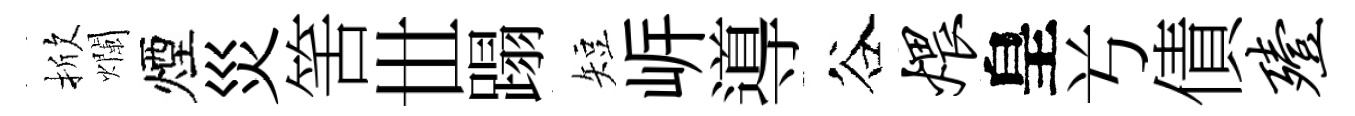
掀爛煙災筈𠀍蹋短㟁導谷煨皇𠔃債殪